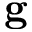
\mathbf { g }